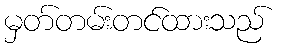
မှတ်တမ်းတင်ထားသည်